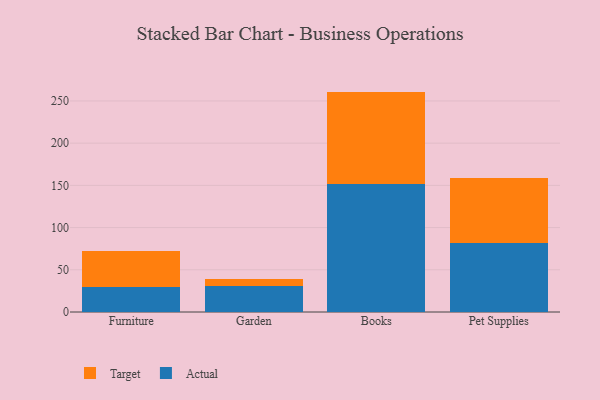
{"axis": {"x": "Category", "y": "Humidity (%)"}, "legend": ["Actual", "Target"], "data": [{"x": "Furniture", "y": 29.4, "type": "Actual"}, {"x": "Furniture", "y": 42.5, "type": "Target"}, {"x": "Garden", "y": 30.8, "type": "Actual"}, {"x": "Garden", "y": 7.9, "type": "Target"}, {"x": "Books", "y": 151.2, "type": "Actual"}, {"x": "Books", "y": 109.9, "type": "Target"}, {"x": "Pet Supplies", "y": 81.2, "type": "Actual"}, {"x": "Pet Supplies", "y": 77.4, "type": "Target"}]}